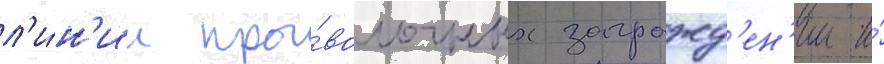
л'и́н'ии про́волочных загражд'ен'ии и́